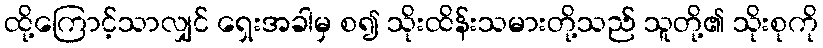
ထို့ကြောင့်သာလျှင် ရှေးအခါမှ စ၍ သိုးထိန်းသမားတို့သည် သူတို့၏ သိုးစုကို